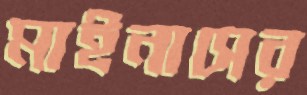
মাইনাসের